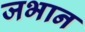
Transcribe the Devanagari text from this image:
जभान